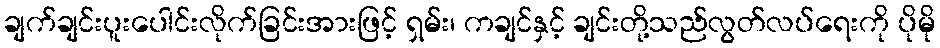
ချက်ချင်းပူးပေါင်းလိုက်ခြင်းအားဖြင့် ရှမ်း၊ ကချင်နှင့် ချင်းတို့သည်လွတ်လပ်ရေးကို ပိုမို